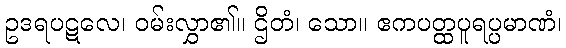
ဥဒရပဋလေ၊ ဝမ်းလွှာ၏။ ဌိတံ၊ သော။ ဧကပတ္ထပူရပ္ပမာဏံ၊